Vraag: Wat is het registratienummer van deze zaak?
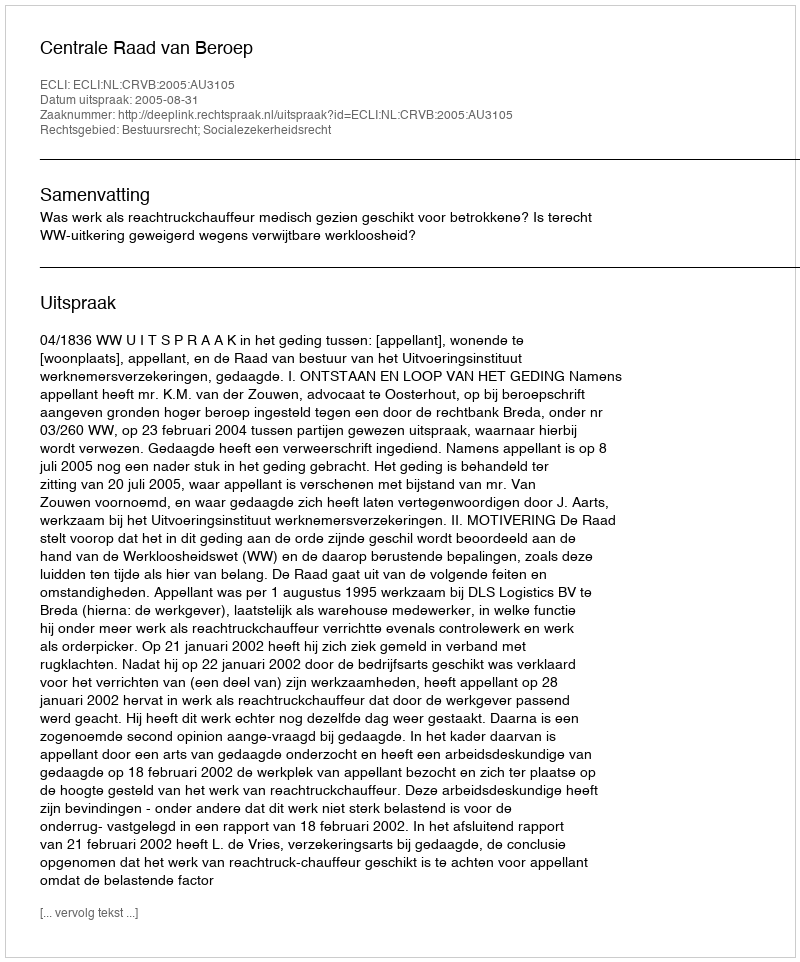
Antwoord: http://deeplink.rechtspraak.nl/uitspraak?id=ECLI:NL:CRVB:2005:AU3105